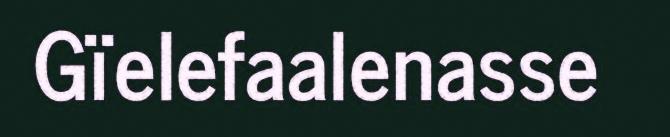
Gïelefaalenasse